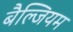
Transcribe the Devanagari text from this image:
बैल्जियम